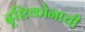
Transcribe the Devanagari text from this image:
दृष्टिकोनाची